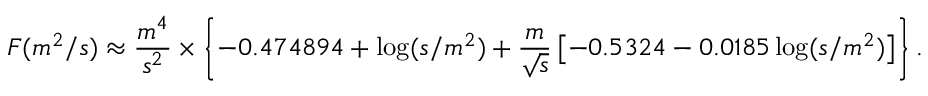
F ( m ^ { 2 } / s ) \approx { \frac { m ^ { 4 } } { s ^ { 2 } } } \times \left\{ - 0 . 4 7 4 8 9 4 + \log ( s / m ^ { 2 } ) + { \frac { m } { \sqrt s } } \left[ - 0 . 5 3 2 4 - 0 . 0 1 8 5 \log ( s / m ^ { 2 } ) \right] \right\} .